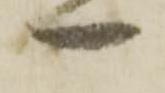
一